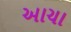
આચા